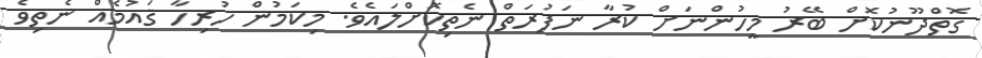
ގޮތްދޫނުކޮށް ބޭރު މީހުންނަށް ކުރާ ނަފުރަތް ނެތިކޮށްލައެވެ. މިކަމުން ހުރިހާ ޤައުމެއް ނެތިވެ